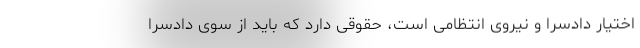
اختیار دادسرا و نیروی انتظامی است، حقوقی دارد که باید از سوی دادسرا